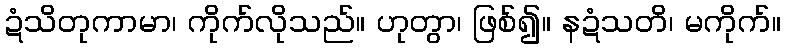
ဍံသိတုကာမာ၊ ကိုက်လိုသည်။ ဟုတွာ၊ ဖြစ်၍။ နဍံသတိ၊ မကိုက်။